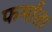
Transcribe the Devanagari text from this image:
फर्माता